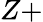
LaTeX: Z+